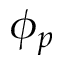
\phi _ { p }